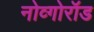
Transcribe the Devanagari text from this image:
नोव्गोरॉड